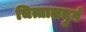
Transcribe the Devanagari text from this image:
चित्तालदुर्ग